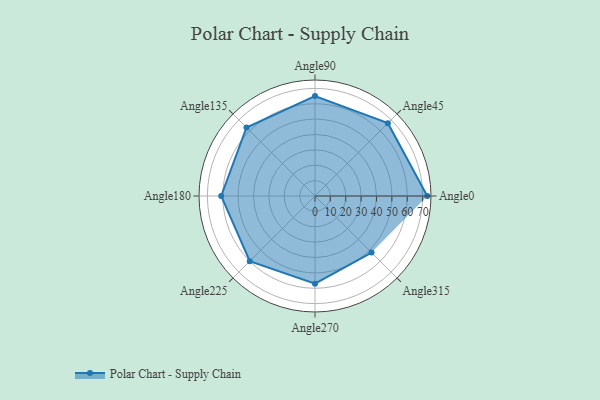
{"axis": {"x": "Angle", "y": "Radius"}, "legend": [""], "data": [{"x": "Angle0", "y": 73.0, "type": ""}, {"x": "Angle45", "y": 67.0, "type": ""}, {"x": "Angle90", "y": 65.0, "type": ""}, {"x": "Angle135", "y": 63.0, "type": ""}, {"x": "Angle180", "y": 61.0, "type": ""}, {"x": "Angle225", "y": 60.0, "type": ""}, {"x": "Angle270", "y": 57.0, "type": ""}, {"x": "Angle315", "y": 52.0, "type": ""}]}